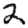
Digit: 2